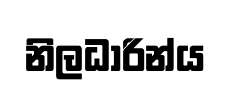
නිලධාරින්ය